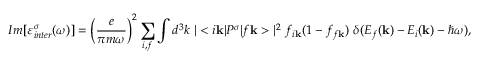
I m [ \varepsilon _ { i n t e r } ^ { \sigma } ( \omega ) ] = \left( \frac { e } { \pi m \omega } \right) ^ { 2 } \sum _ { i , f } \int d ^ { 3 } k \ | < i \mathbf { k } | P ^ { \sigma } | f \mathbf { k } > | ^ { 2 } \ f _ { i \mathbf { k } } ( 1 - f _ { f \mathbf { k } } ) \ \delta ( E _ { f } ( \mathbf { k } ) - E _ { i } ( \mathbf { k } ) - \hbar \omega ) ,